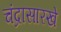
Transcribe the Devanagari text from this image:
चंद्रासारखे